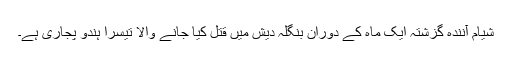
شیام آنندہ گزشتہ ایک ماہ کے دوران بنگلہ دیش میں قتل کیا جانے والا تیسرا ہندو پجاری ہے۔